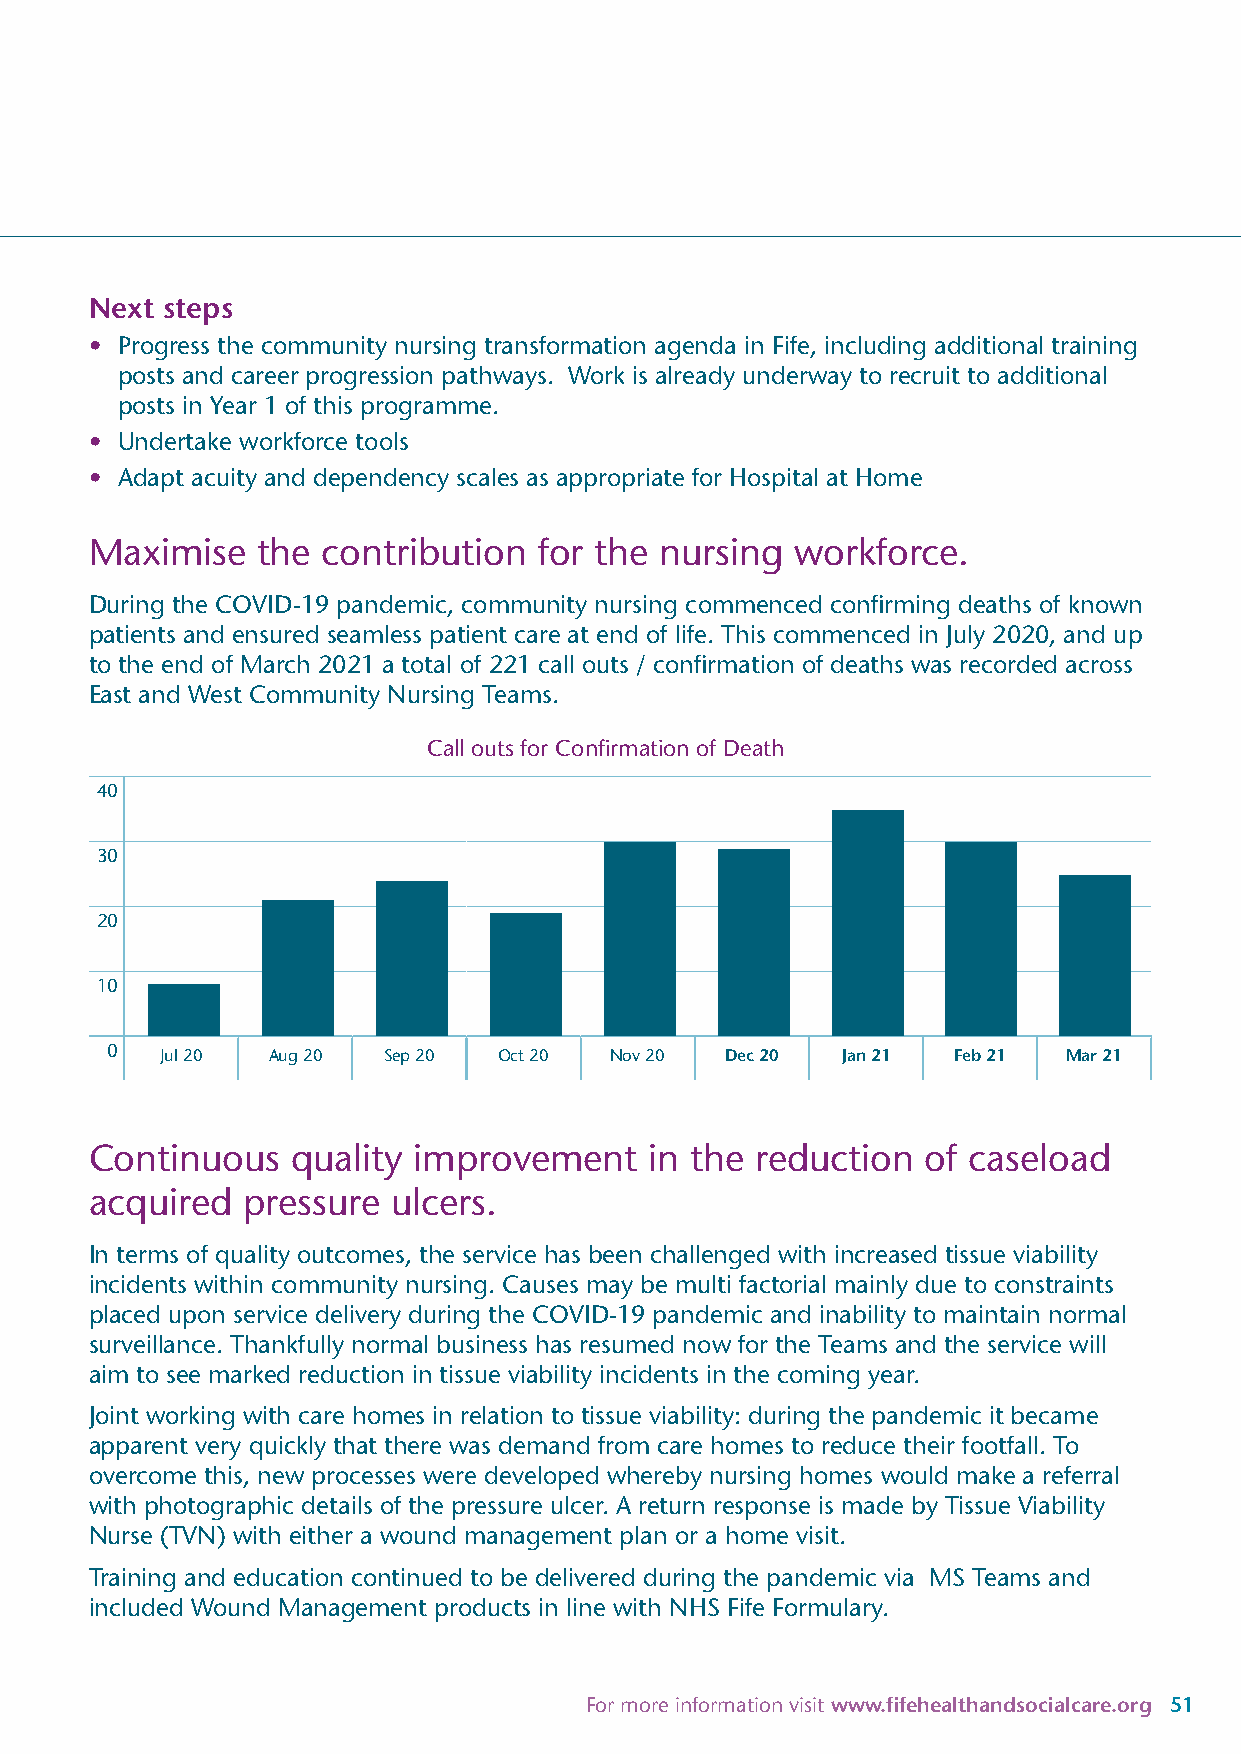
Next steps
 • Progress the community nursing transformation agenda in Fife, including additional training
 posts and career progression pathways. Work is already underway to recruit to additional
 posts in Year 1 of this programme.
 • Undertake workforce tools
 • Adapt acuity and dependency scales as appropriate for Hospital at Home
 Maximise   the contribution   for the nursing  workforce.
 During the COVID-19 pandemic, community nursing commenced confirming deaths of known
 patients and ensured seamless patient care at end of life. This commenced in July 2020, and up
 to the end of March 2021 a total of 221 call outs / confirmation of deaths was recorded across
 East and West Community Nursing Teams.
 Call outs for Confirmation of Death
 40
 30
 20
 10
 0   Jul 20 Aug 20 Sep 20  Oct 20 Nov 20  Dec 20  Jan 21 Feb 21  Mar 21
 Continuous   quality improvement     in the reduction  of caseload
 acquired  pressure  ulcers.
 In terms of quality outcomes, the service has been challenged with increased tissue viability
 incidents within community nursing. Causes may be multi factorial mainly due to constraints
 placed upon service delivery during the COVID-19 pandemic and inability to maintain normal
 surveillance. Thankfully normal business has resumed now for the Teams and the service will
 aim to see marked reduction in tissue viability incidents in the coming year.
 Joint working with care homes in relation to tissue viability: during the pandemic it became
 apparent very quickly that there was demand from care homes to reduce their footfall. To
 overcome this, new processes were developed whereby nursing homes would make a referral
 with photographic details of the pressure ulcer. A return response is made by Tissue Viability
 Nurse (TVN) with either a wound management plan or a home visit.
 Training and education continued to be delivered during the pandemic via MS Teams and
 included Wound Management products in line with NHS Fife Formulary.
 For more information visit www.fifehealthandsocialcare.org 51